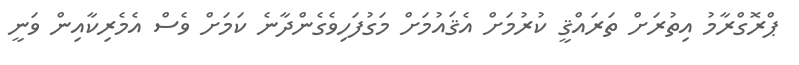
ޕްރޮގްރާމު އިތުރަށް ތަރައްޤީ ކުރުމަށް އެޤައުމަށް މަގުފަހިވެގެންދާނެ ކަމަށް ވެސް އެމެރިކާއިން ވަނީ